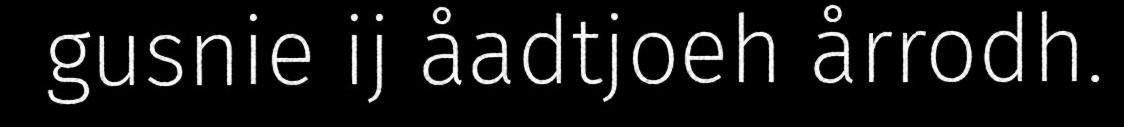
gusnie ij åadtjoeh årrodh.